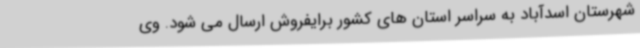
شهرستان اسدآباد به سراسر استان های کشور برایفروش ارسال می شود. وی